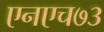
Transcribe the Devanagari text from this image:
एनएच७३